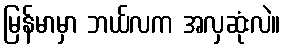
မြန်မာမှာ ဘယ်လက အလှဆုံးလဲ။